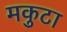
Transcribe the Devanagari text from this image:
मकुटा